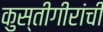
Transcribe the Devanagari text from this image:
कुस्तीगीरांची